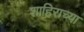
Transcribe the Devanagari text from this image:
शाहिराच्या